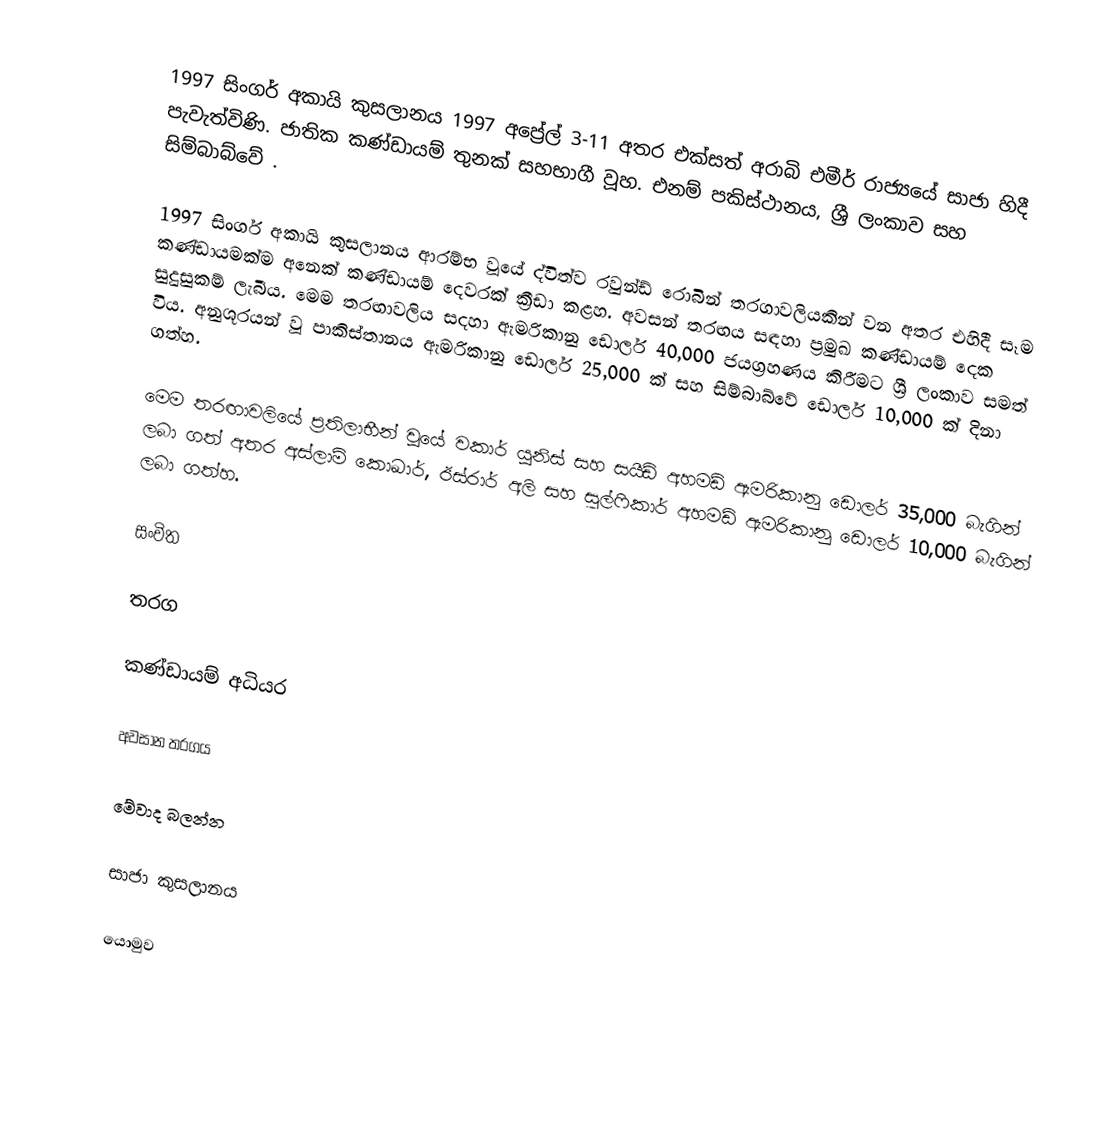
1997 සිංගර් අකායි කුසලානය 1997 අප්‍රේල් 3-11 අතර එක්සත් අරාබි එමීර් රාජ්‍යයේ සාජා හිදී පැවැත්විණි. ජාතික කණ්ඩායම් තුනක් සහභාගී වූහ. එනම් පකිස්ථානය, ශ්‍රී ලංකාව සහ සිම්බාබ්වේ .

1997 සිංගර් අකායි කුසලානය ආරම්භ වූයේ ද්විත්ව රවුන්ඩ් රොබින් තරගාවලියකින් වන අතර එහිදී සෑම කණ්ඩායමක්ම අනෙක් කණ්ඩායම් දෙවරක් ක්‍රීඩා කළහ. අවසන් තරඟය සඳහා ප්‍රමුඛ කණ්ඩායම් දෙක සුදුසුකම් ලැබීය. මෙම තරඟාවලිය සදහා ඇමරිකානු ඩොලර් 40,000 ජයග්‍රහණය කිරීමට ශ්‍රී ලංකාව සමත් විය. අනුශූරයන් වූ පාකිස්තානය ඇමරිකානු ඩොලර් 25,000 ක් සහ සිම්බාබ්වේ ඩොලර් 10,000 ක් දිනා ගත්හ.

මෙම තරඟාවලියේ ප්‍රතිලාභීන් වූයේ වකාර් යූනිස් සහ සයීඩ් අහමඩ් ඇමරිකානු ඩොලර් 35,000 බැගින් ලබා ගත් අතර අස්ලාම් කොඛාර්, ඊස්රාර් අලි සහ සුල්ෆිකාර් අහමඩ් ඇමරිකානු ඩොලර් 10,000 බැගින් ලබා ගත්හ.

සංචිත

තරග

කණ්ඩායම් අධියර

අවසාන තරගය

මේවාද බලන්න

 සාජා කුසලානය

යොමුව